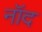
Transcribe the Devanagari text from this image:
नॉद